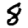
Digit: 8